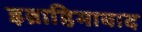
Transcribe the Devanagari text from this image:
इब्राहिमाबाद